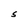
Character: S